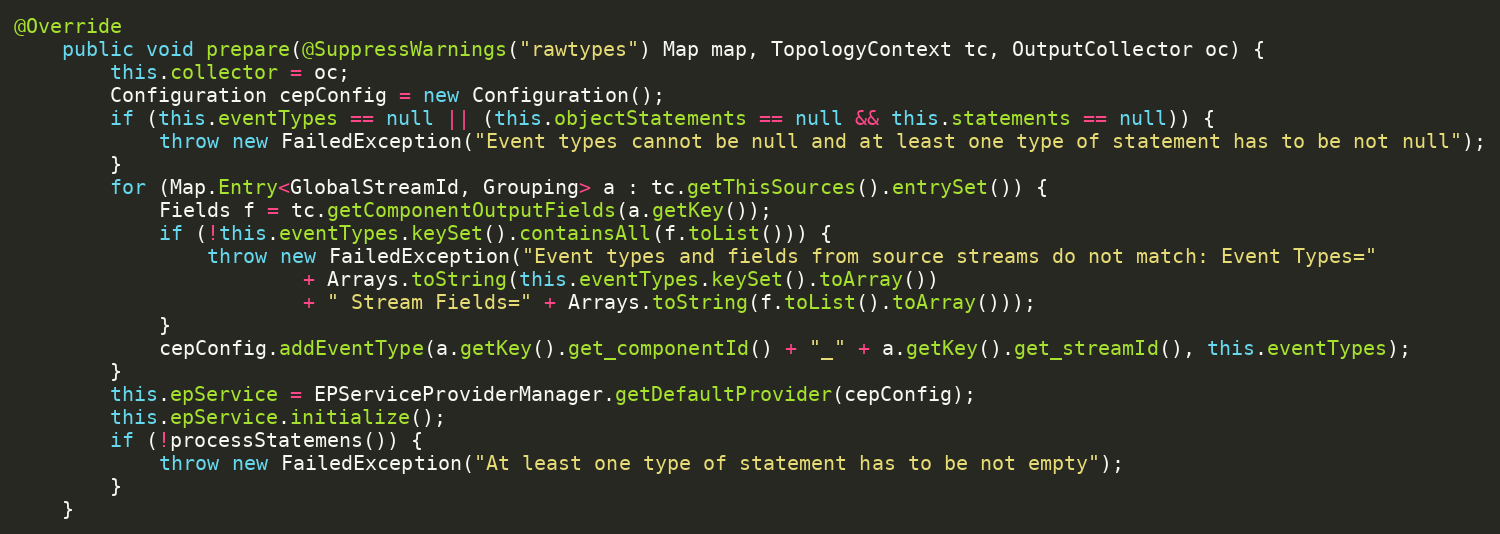
Language: Java
@Override
    public void prepare(@SuppressWarnings("rawtypes") Map map, TopologyContext tc, OutputCollector oc) {
        this.collector = oc;
        Configuration cepConfig = new Configuration();
        if (this.eventTypes == null || (this.objectStatements == null && this.statements == null)) {
            throw new FailedException("Event types cannot be null and at least one type of statement has to be not null");
        }
        for (Map.Entry<GlobalStreamId, Grouping> a : tc.getThisSources().entrySet()) {
            Fields f = tc.getComponentOutputFields(a.getKey());
            if (!this.eventTypes.keySet().containsAll(f.toList())) {
                throw new FailedException("Event types and fields from source streams do not match: Event Types="
                        + Arrays.toString(this.eventTypes.keySet().toArray())
                        + " Stream Fields=" + Arrays.toString(f.toList().toArray()));
            }
            cepConfig.addEventType(a.getKey().get_componentId() + "_" + a.getKey().get_streamId(), this.eventTypes);
        }
        this.epService = EPServiceProviderManager.getDefaultProvider(cepConfig);
        this.epService.initialize();
        if (!processStatemens()) {
            throw new FailedException("At least one type of statement has to be not empty");
        }
    }